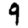
Digit: 9